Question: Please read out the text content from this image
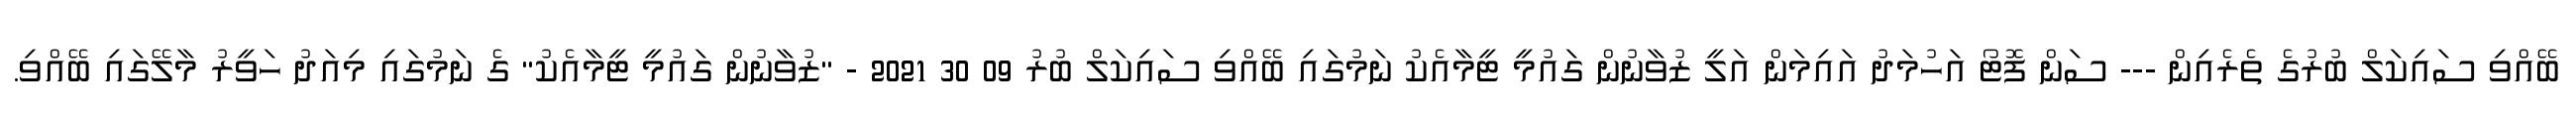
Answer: ބޭއްވި ސައިކަލް ބުރުގެ ތެރެއިން --- ސަން ފޮޓޯ އަހުމަދު އައިމަން އަލީ ޒުވާނުން ގައުމީ ޓީމާއެކު ނަމުގައި ބޭއްވި ސައިކަލް ބުރު 09 30 2021 - "ޒުވާނުން ގައުމީ ޓީމާއެކު" ގެ ނަމުގައި މިއަދު ހަވީރު މާލޭގައި ބޭއްވި.